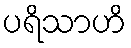
ပရိသာဟိ